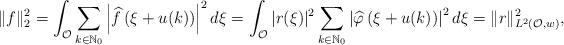
LaTeX: \begin{align*}\|f\|^2_2=\int_{\mathcal O} \sum_{k\in \mathbb N_0} \left|\widehat{f}\left(\xi+u(k)\right)\right|^2 d\xi=\int_{\mathcal O} |r(\xi)|^2\sum_{k\in \mathbb N_0} \left|\widehat{\varphi}\left(\xi+u(k)\right)\right|^2 d\xi=\|r\|^2_{L^2\left(\mathcal O, w\right)},\end{align*}